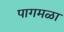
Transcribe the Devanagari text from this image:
पागमळा